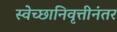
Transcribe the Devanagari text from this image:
स्वेच्छानिवृत्तीनंतर